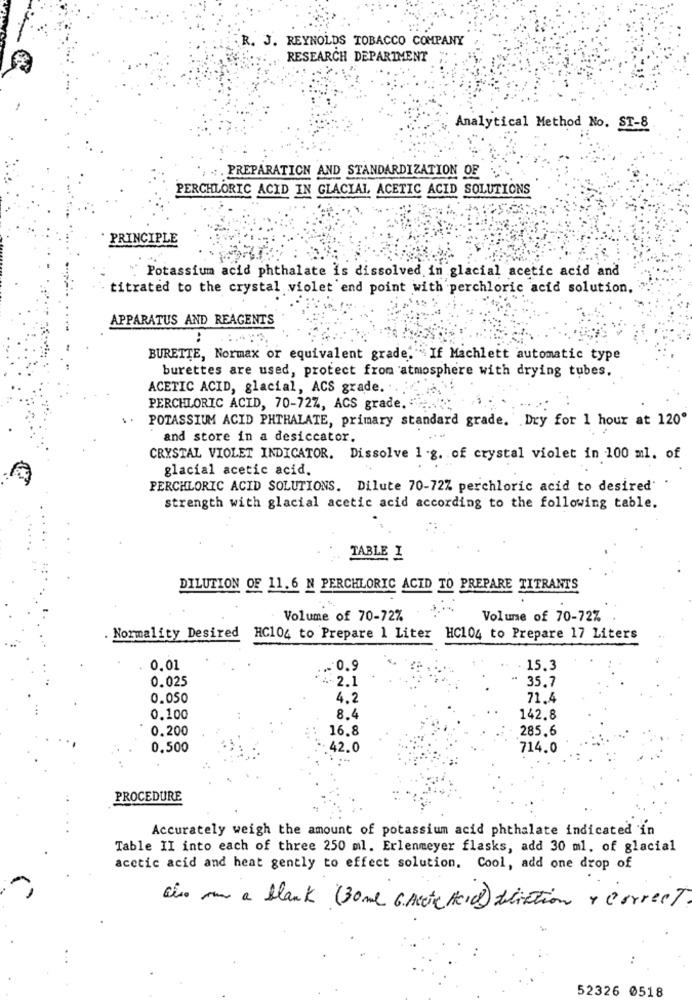
R. J. REYNOLDS TOBACCO COMPANY
RESEARCH DEPARTMENT
Analytical Method No. ST-8
. PREPARATION AND STANDARDIZATION OF
PERCHLORIC ACID IN GLACIAL ACETIC ACID SOLUTIONS
PRINCIPLE
" Potassium acid phthalate is dissolved in glacial acetic acid and
titrated to the crystal violet end point with perchloric acid solution.
APPARATUS AND REAGENTS
BURETTE, Normax or equivalent grade. If Machlett automatic type
burettes are used, protect from atmosphere with drying tubes.
ACETIC ACID, glacial, ACS grade. .
PERCHLORIC ACID, 70-72Z, ACS grade. "
. .
POTASSIUM ACID PHTHALATE, primary standard grade. Dry for 1 hour at 120'
and store in a desiccator.
CRYSTAL VIOLET INDICATOR. Dissolve 1 .g. of crystal violet in 100 ml. of
glacial acetic acid.
PERCHLORIC ACID SOLUTIONS. Dilute 70-72% perchloric acid to desired'
strength with glacial acetic acid according to the following table.
TABLE I
DILUTION OF 11.6 N PERCHLORIC ACID TO PREPARE TITRANTS
Volume of 70-72%
Volume of 70-72%
. Normality Desired
HC104 to Prepare 1 Liter HC104 to Prepare 17 Liters
0,01
... 0.9
- 15.3
0.025
+2.1
35.7
0.050
4.2
71.4
0.100
8.4
142.8
0,200
16.8
285.6
0,500
42.0
714.0
PROCEDURE
Accurately weigh the amount of potassium acid phthalate indicated in
Table II into each of three 250 ml. Erlenmeyer flasks, add 30 ml. of glacial
acetic acid and heat gently to effect solution. Cool, add one drop of
Eis non a blank (30 ml 6. Aeck Hard) election & Correct.
52326 0518